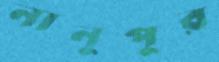
নানুপুর